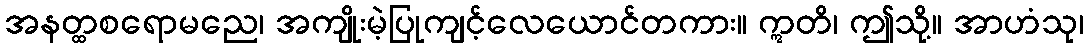
အနတ္ထစရောမညေ၊ အကျိုးမဲ့ပြုကျင့်လေယောင်တကား။ ဣတိ၊ ဤသို့။ အာဟံသု၊